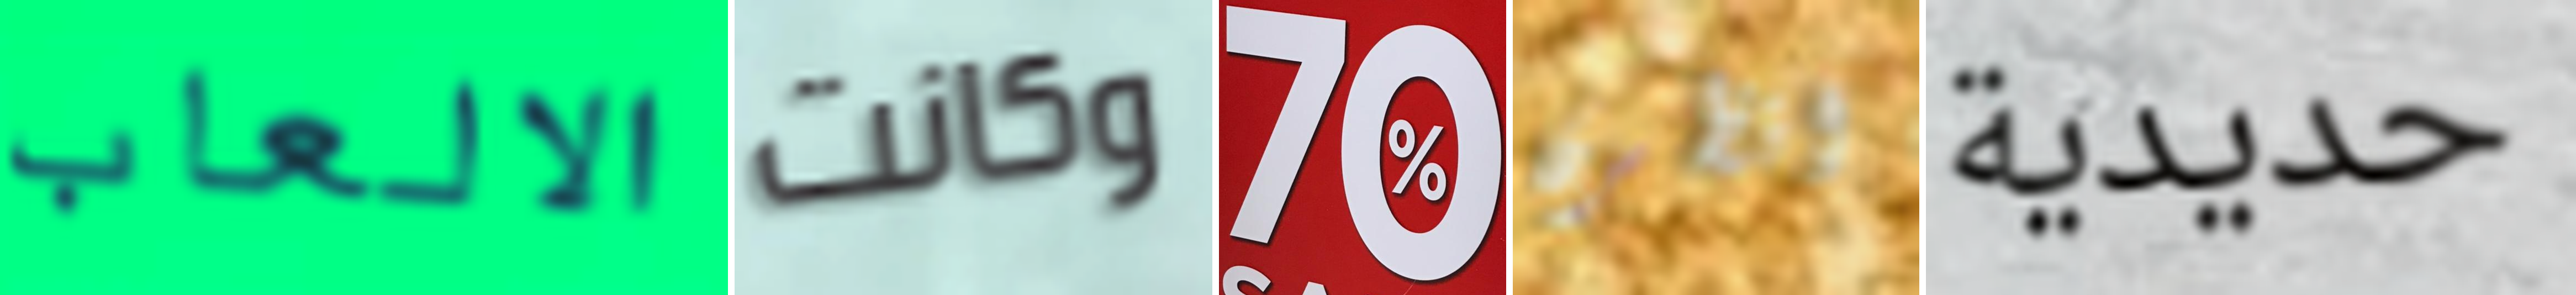
الالعاب وكانت 70 انظرن حديدية